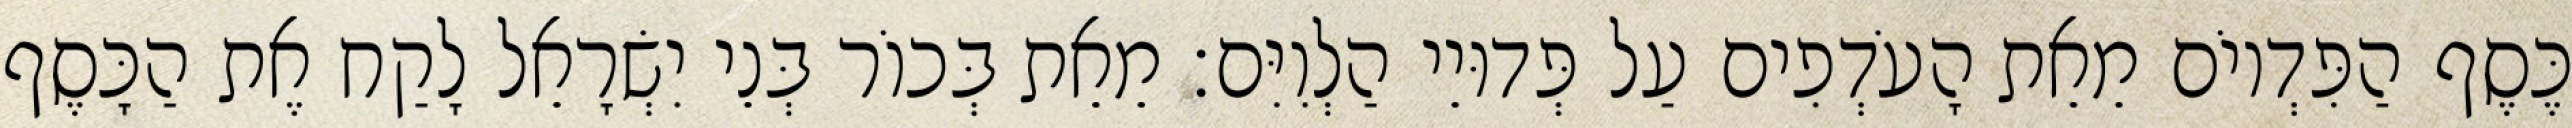
כֶּסֶף הַפִּדְיוֹם מֵאֵת הָעֹדְפִים עַל פְּדוּיֵי הַלְוִיִּם׃ מֵאֵת בְּכוֹר בְּנֵי יִשְׂרָאֵל לָקַח אֶת הַכָּסֶף